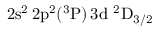
\mathrm { 2 s ^ { 2 } \, 2 p ^ { 2 } ( ^ { 3 } P ) \, 3 d ~ ^ { 2 } D _ { 3 / 2 } }